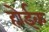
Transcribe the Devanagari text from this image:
होईक